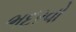
ભદરવો